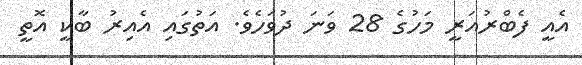
އެއީ ފެބްރުއަރީ މަހުގެ 28 ވަނަ ދުވަހެވެ. އަތުގައި އެއިރު ބާކީ އޮތީ